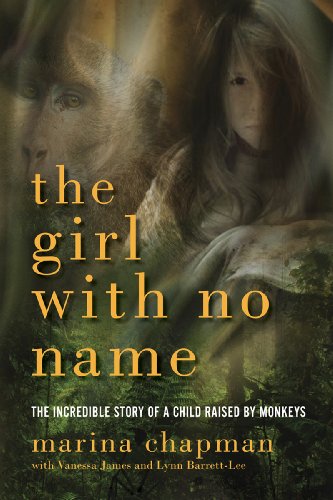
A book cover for The Girl With No Name: The Incredible Story of a Child Raised by Monkeys; Lynne Barrett-Lee; Science & Math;